Senior Leaving Certificate Examination (including Day School Certificate (Higher) General paper), 1950
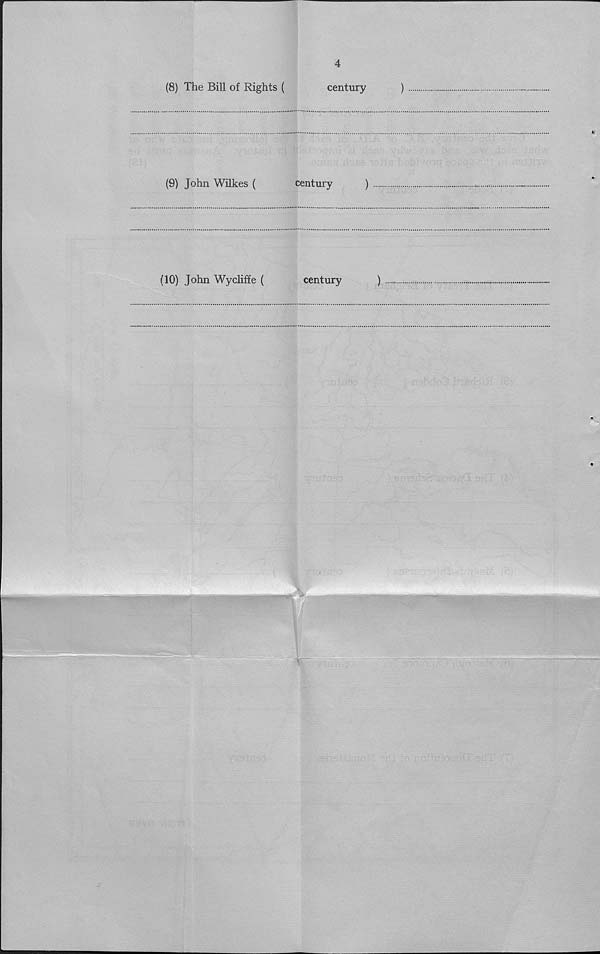
4
(8) The Bill of Rights (
century
)
(9) John Wilkes (
century
)
(10) John Wycliffe (
century
)